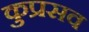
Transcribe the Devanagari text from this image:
कुप्रसव